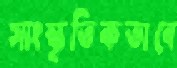
সাংস্কৃতিকভাবে